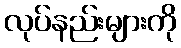
လုပ်နည်းများကို